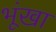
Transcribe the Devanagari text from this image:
भूंखा